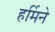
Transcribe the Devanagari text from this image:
हर्मिने